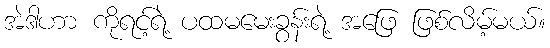
အဲဒါဟာ ကိုရင့်ရဲ့ ပထမမေးခွန်းရဲ့ အဖြေ ဖြစ်လိမ့်မယ်။